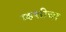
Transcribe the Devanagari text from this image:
म्हशीचा